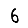
Digit: 6